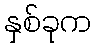
နှစ်ခုက